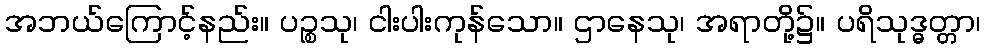
အဘယ်ကြောင့်နည်း။ ပဉ္စသု၊ ငါးပါးကုန်သော။ ဌာနေသု၊ အရာတို့၌။ ပရိသုဒ္ဓတ္တာ၊